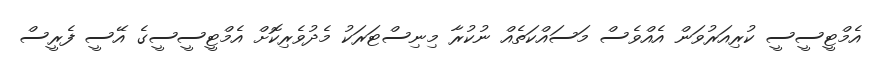
އެމްޓީސީސީ ކުރިއަރުވަން އެއްވެސް މަސައްކަތެއް ނުކުރާ މިނިސްޓަރަކު މެދުވެރިކޮށް އެމްޓީސީސީގެ އޭސީ ފެރީސް